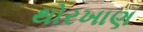
થોરખાણ